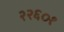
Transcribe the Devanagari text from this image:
२२६०१